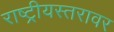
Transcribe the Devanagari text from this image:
राष्ट्रीयस्तरावर